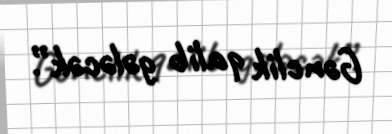
Gənclik qalib gələcək”.